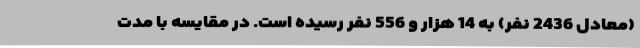
(معادل 2436 نفر) به 14 هزار و 556 نفر رسیده است. در مقایسه با مدت